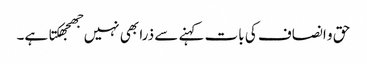
حق و انصاف کی بات کہنے سے ذرا بھی نہیں جھجھکتا ہے۔